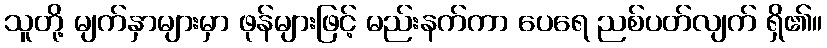
သူတို့ မျက်နှာများမှာ ဖုန်များဖြင့် မည်းနက်ကာ ပေရေ ညစ်ပတ်လျက် ရှိ၏။